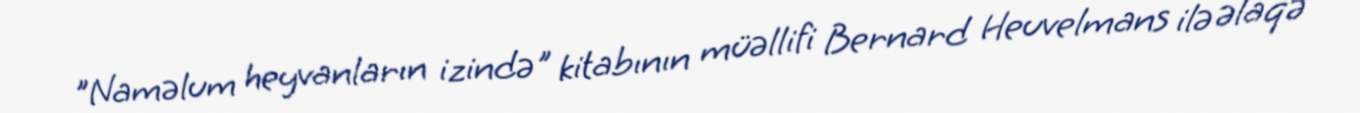
"Naməlum heyvanların izində" kitabının müəllifi Bernard Heuvelmans ilə əlaqə